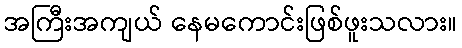
အကြီးအကျယ် နေမကောင်းဖြစ်ဖူးသလား။